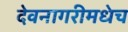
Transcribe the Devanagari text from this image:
देवनागरीमधेच